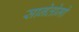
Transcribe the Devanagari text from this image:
सानेतोमो